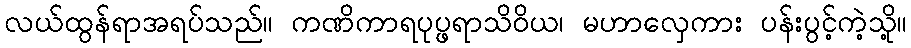
လယ်ထွန်ရာအရပ်သည်။ ကဏိကာရပုပ္ဖရာသိဝိယ၊ မဟာလှေကား ပန်းပွင့်ကဲ့သို့။